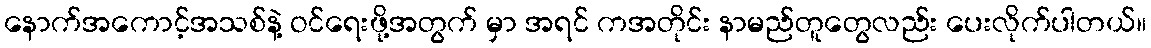
နောက်အကောင့်အသစ်နဲ့ ဝင်ရေးဖို့အတွက် မှာ အရင် ကအတိုင်း နာမည်တူတွေလည်း ပေးလိုက်ပါတယ်။